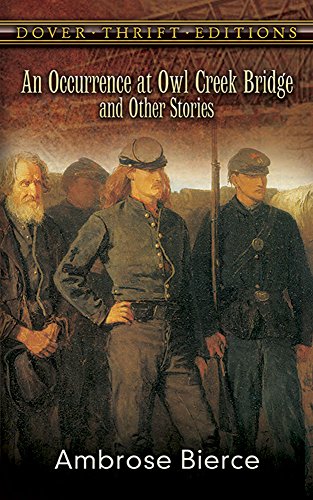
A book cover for An Occurrence at Owl Creek Bridge and Other Stories (Dover Thrift Editions); Ambrose Bierce; Mystery, Thriller & Suspense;